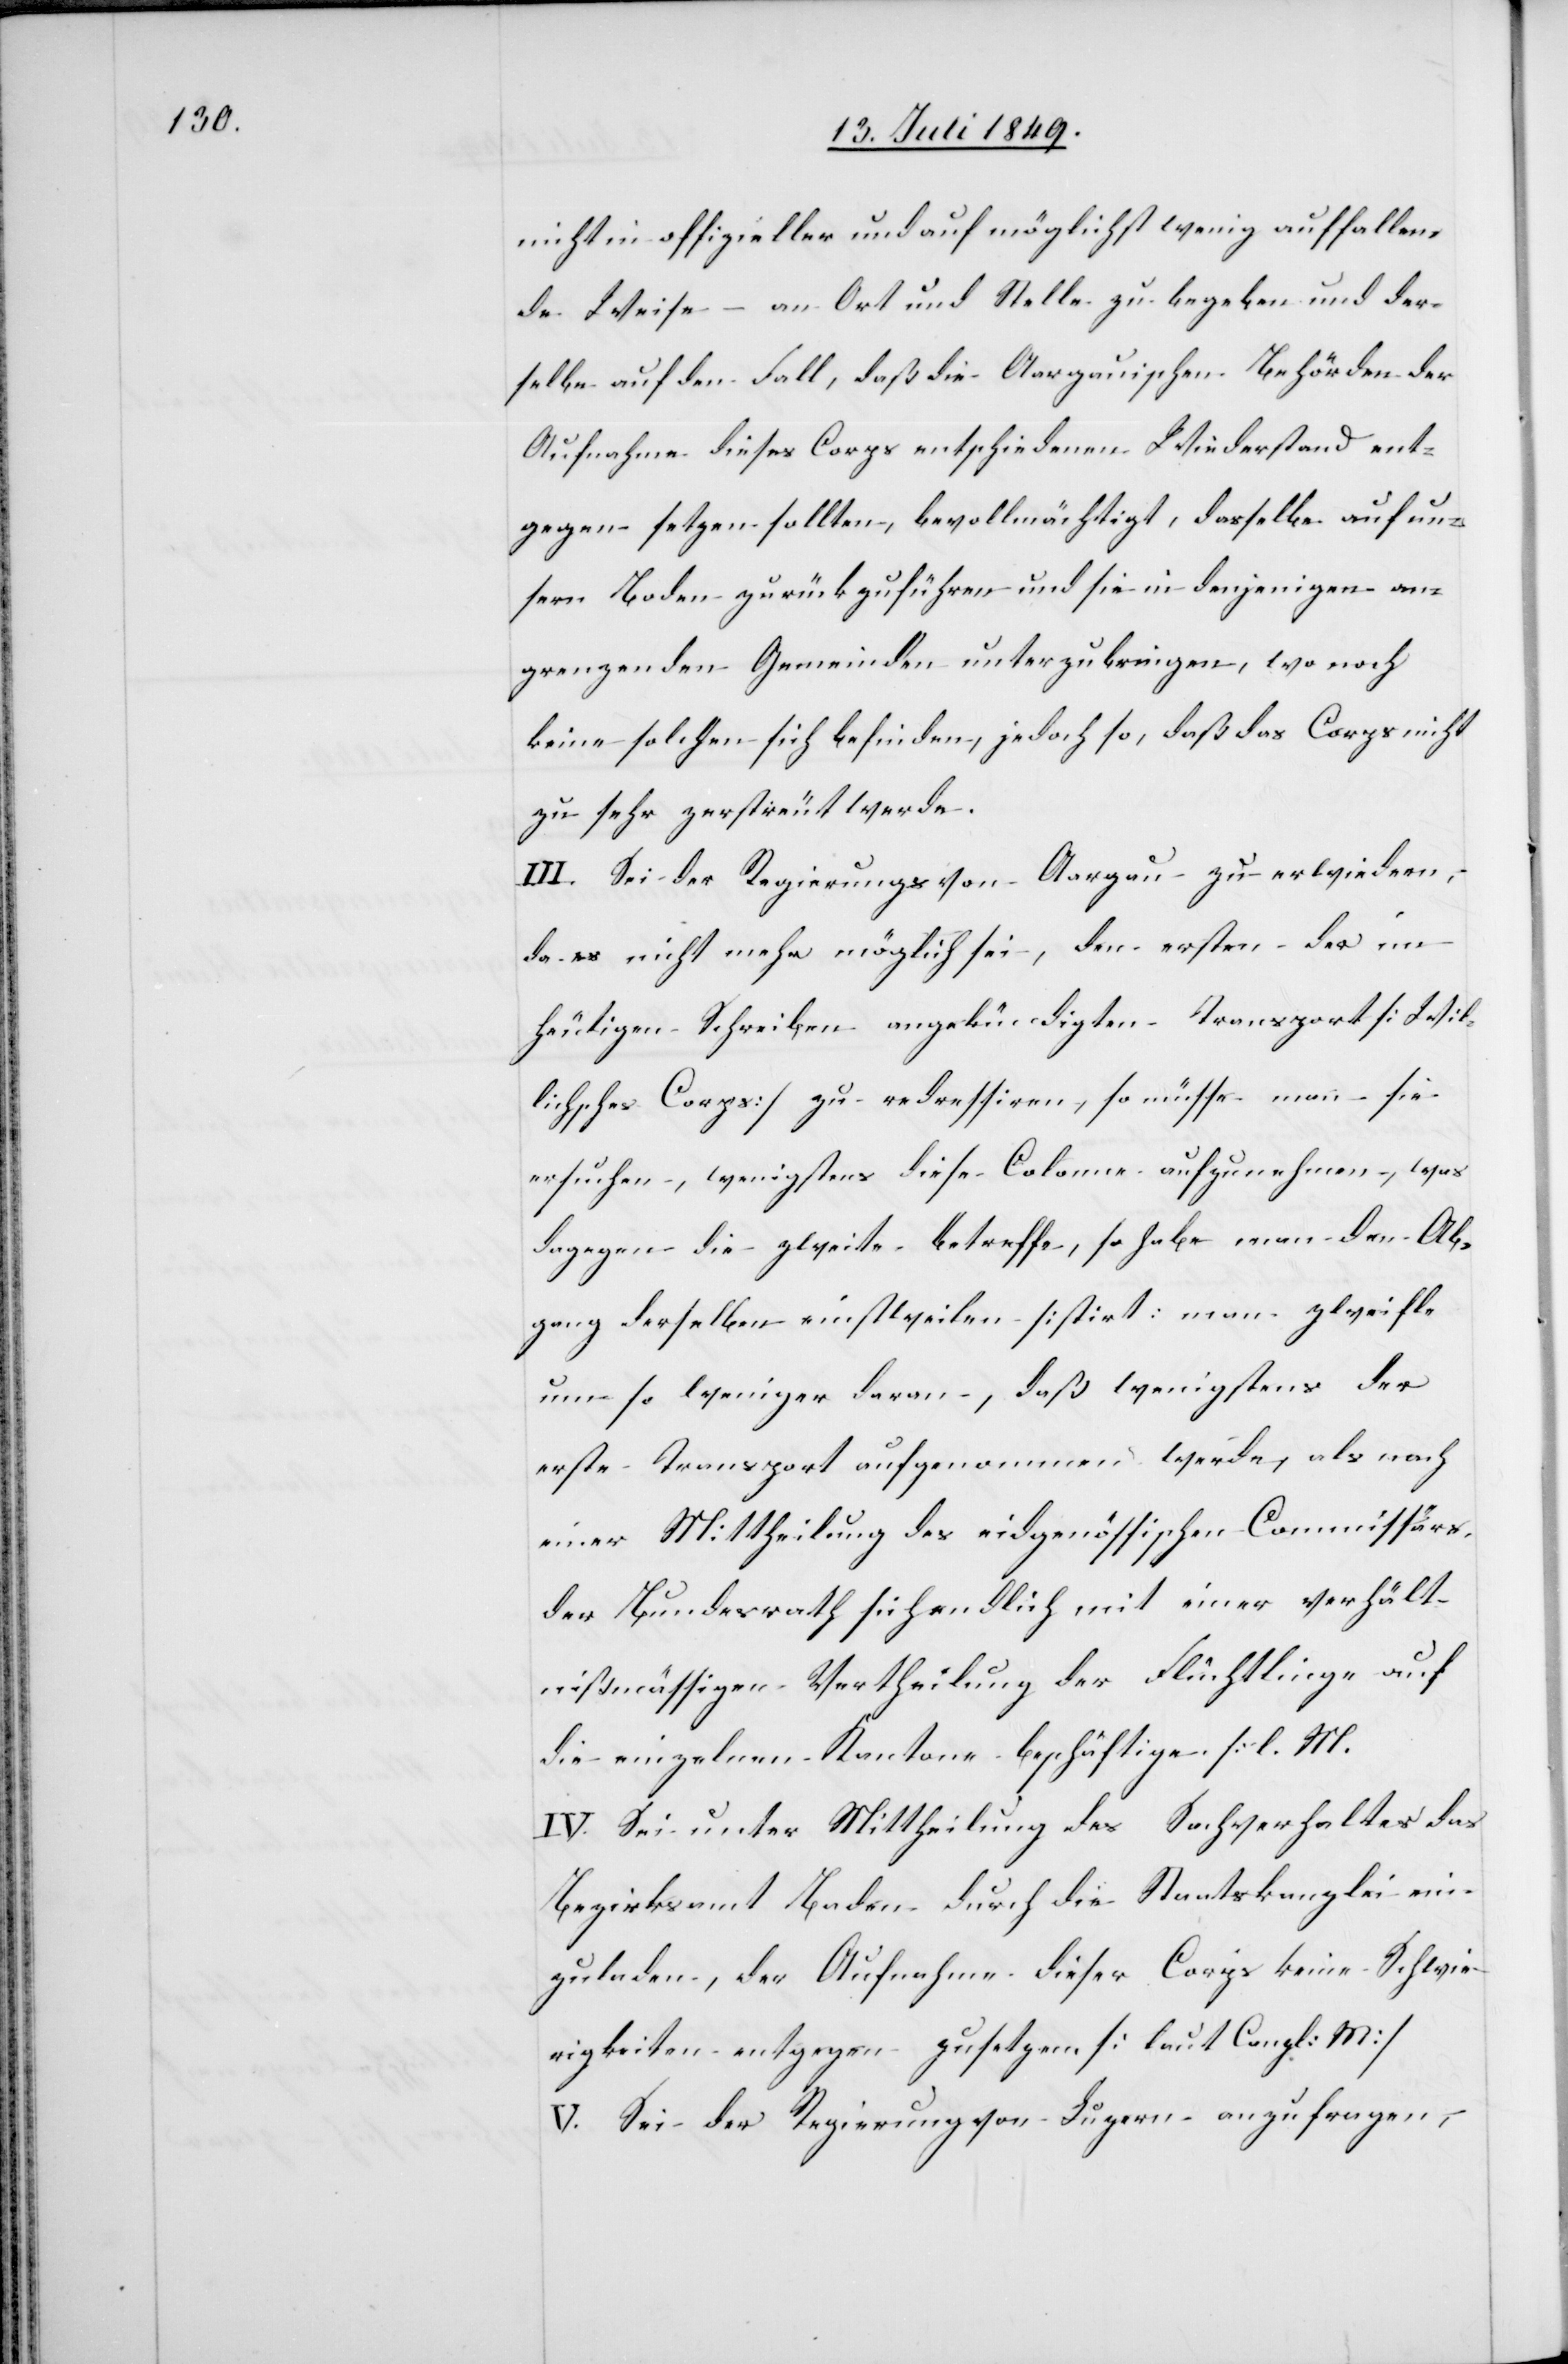
nicht in offizieller und auf möglichst wenig auffallen¬
de Weise – an Ort und Stelle zu begeben und der¬
selbe auf den Fall, daß die Aargauischen Behörden der
Aufnahme dieses Corps entschiedenen Wiederstand ent¬
gegen setzen sollten, bevollmächtigt, dasselbe auf un¬
sern Boden zurückzuführen und sie in denjenigen an¬
grenzenden Gemeinden unterzubringen, wo noch
keine solchen sich befinden, jedoch so, daß das Corps nicht
zu sehr zerstreut werde.
III. Sei der Regierungs [sic!] von Aargau zu erwiedern,
da es nicht mehr möglich sei, den ersten der im
heutigen Schreiben angekündigten Transport [Wil¬
lichsches Corps] zu redressiren, so müsse man sie
ersuchen, wenigstens diese Colonne aufzunehmen, was
dagegen die zweite betreffe, so habe man den Ab¬
gang derselben einstweilen sistirt: man zweifle
um so weniger daran, daß wenigstens der
erste Transport aufgenommen werde, als nach
einer Mittheilung des eidgenössischen Commissärs
der Bundesrath sich endlich mit einer verhält¬
nißmässigen Vertheilung der Flüchtlinge auf
die einzelnen Kantone beschäftige [l. M.[]]
IV. Sei unter Mittheilung des Sachverhaltes das
Bezirksamt Baden durch die Staatskanzlei ein¬
zuladen, der Aufnahme dieses Corps keine Schwie¬
rigkeiten entgegen zusetzen [laut Canzl: M]
V. Sei der Regierung von Luzern anzufragen,